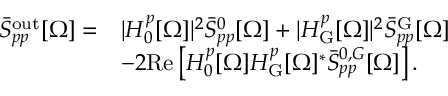
\begin{array} { r l } { \bar { S } _ { p p } ^ { \mathrm { o u t } } [ \Omega ] = } & { | H _ { 0 } ^ { p } [ \Omega ] | ^ { 2 } \bar { S } _ { p p } ^ { 0 } [ \Omega ] + | H _ { \mathrm { G } } ^ { p } [ \Omega ] | ^ { 2 } \bar { S } _ { p p } ^ { \mathrm { G } } [ \Omega ] } \\ & { - 2 \mathrm { R e } \left[ H _ { 0 } ^ { p } [ \Omega ] H _ { \mathrm { G } } ^ { p } [ \Omega ] ^ { * } \bar { S } _ { p p } ^ { 0 , G } [ \Omega ] \right] . } \end{array}